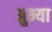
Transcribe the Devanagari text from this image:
अुभ्या